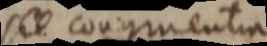
sit congruentia